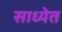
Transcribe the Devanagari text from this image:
साध्येत